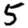
Digit: 5